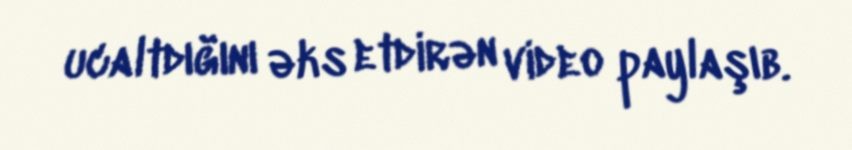
ucaltdığını əks etdirən video paylaşıb.